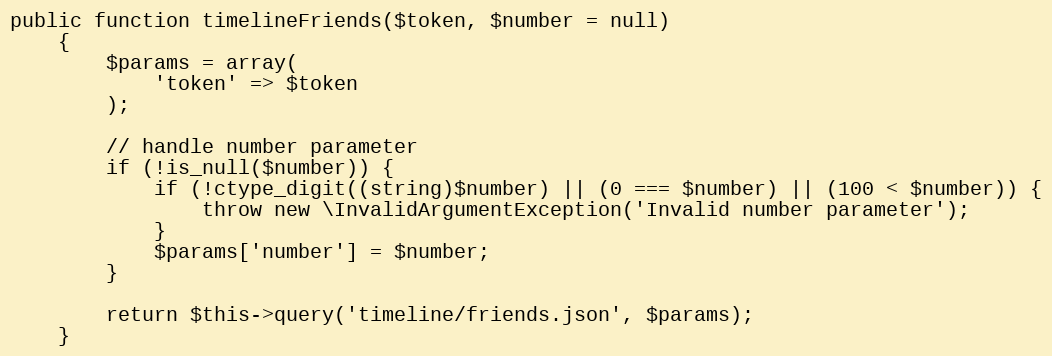
Language: PHP
public function timelineFriends($token, $number = null)
    {
        $params = array(
            'token' => $token
        );

        // handle number parameter
        if (!is_null($number)) {
            if (!ctype_digit((string)$number) || (0 === $number) || (100 < $number)) {
                throw new \InvalidArgumentException('Invalid number parameter');
            }
            $params['number'] = $number;
        }

        return $this->query('timeline/friends.json', $params);
    }